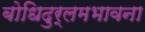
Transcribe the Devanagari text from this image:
बोधिदुर्लमभावना